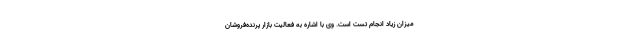
میزان زیاد انجام تست است. وی با اشاره به فعالیت بازار پرنده‌فروشان